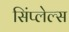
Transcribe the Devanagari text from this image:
सिंप्लेल्स